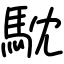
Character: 馾